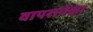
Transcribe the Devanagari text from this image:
वापरापेक्षा